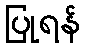
ပြုရန်